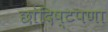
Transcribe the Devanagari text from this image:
छांदिष्टपणा